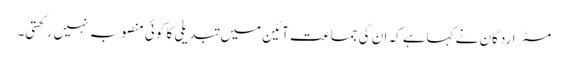
مسٹر اردگان نے کہاہے کہ ان کی جماعت آئین میں تبدیلی کا کوئی منصوبہ نہیں رکھتی۔